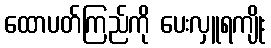
ထောပတ်ကြည်ကို ပေးလှူရကျိုး